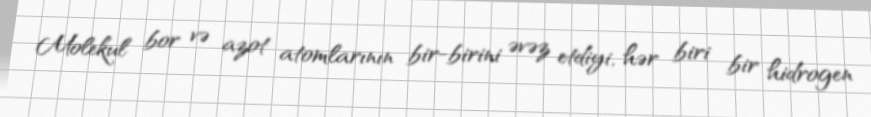
Molekul bor və azot atomlarının bir-birini əvəz etdiyi, hər biri bir hidrogen